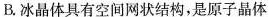
B.冰晶体具有空间网状结构，是原子晶体